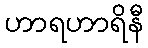
ဟာရဟာရိနီ